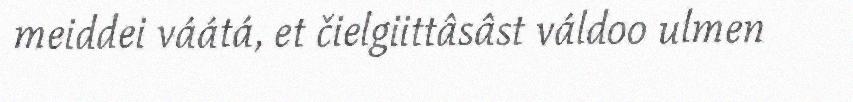
meiddei váátá, et čielgiittâsâst váldoo ulmen